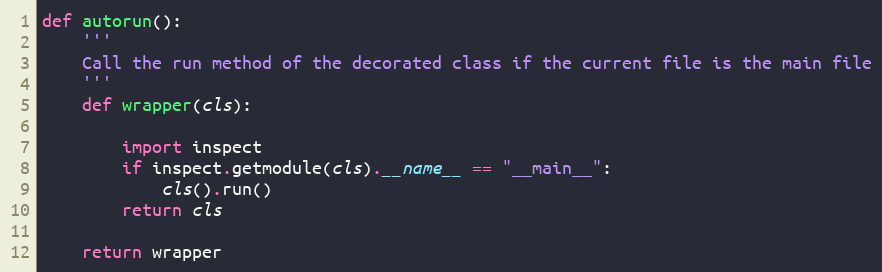
Language: Python
def autorun():
    '''
    Call the run method of the decorated class if the current file is the main file
    '''
    def wrapper(cls):

        import inspect
        if inspect.getmodule(cls).__name__ == "__main__":
            cls().run()
        return cls

    return wrapper